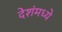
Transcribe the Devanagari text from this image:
देशंमध्ये